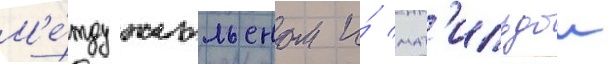
М'е́жду жюльеном и́ мат'ильдои